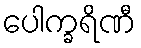
ပေါက္ခရိဏီ